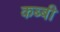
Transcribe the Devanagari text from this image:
कब्बी